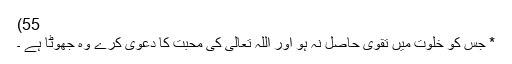
55)
* جس کو خلوت میں تقویٰ حاصل نہ ہو اور اللہ تعالیٰ کی محبت کا دعوی کرے وہ جھوٹا ہے ۔